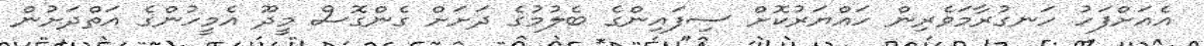
އެއަށްފަހު ހަނގުރާމަވެރިން ހައްޔަރުކޮށް ސިފައިންގެ ބެލުމުގެ ދަށަށް ގެންގޮސް މީދޫ އެމީހުންގެ އަތްދަށުން